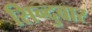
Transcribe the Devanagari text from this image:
सिन्दुवार